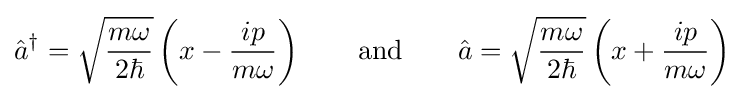
{\hat {a}}^{\dagger }={\sqrt {\frac {m\omega }{2\hbar }}}\left(x-{\frac {ip}{m\omega }}\right)\qquad {\text{and}}\qquad {\hat {a}}={\sqrt {\frac {m\omega }{2\hbar }}}\left(x+{\frac {ip}{m\omega }}\right)